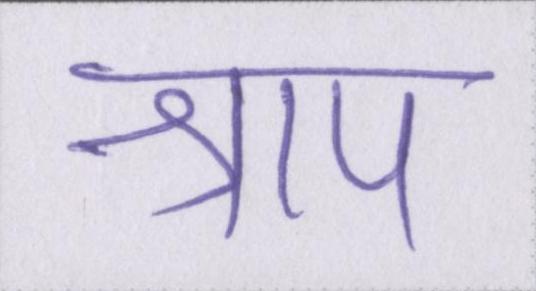
श्राप